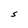
Character: S